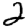
Digit: 2